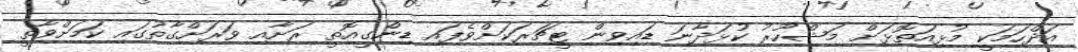
އަދްހަމަކީ މުޅިއަތޮޅަށް މަޝްހޫރު ކުޅަދާނަ ޑައިވިން ޓީޗަރަކަށްވެފައި ޑިންގީއޮތީ ރަށާއި ވަރަށްގާތުގައި ކަމަށްވާތީ